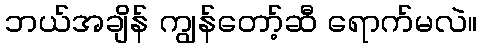
ဘယ်အချိန် ကျွန်တော့်ဆီ ရောက်မလဲ။